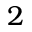
2